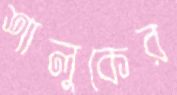
শালুকের